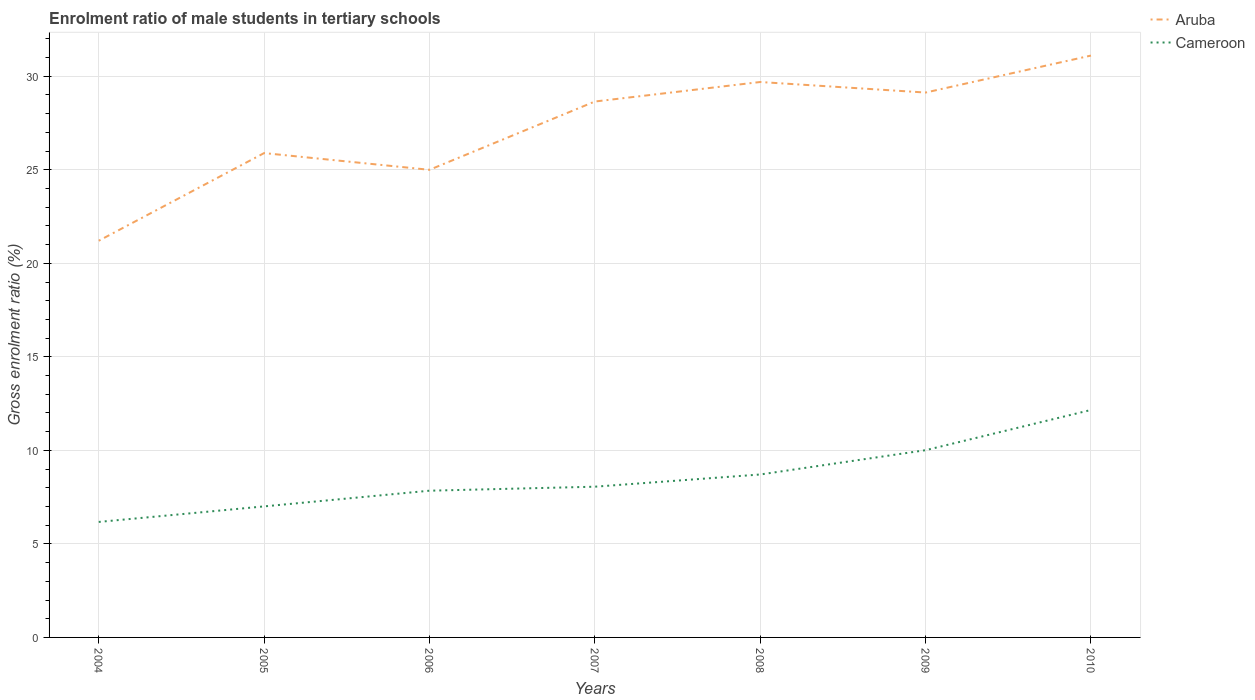
| Years | Aruba | Cameroon |
 | --- | --- | --- |
 | 2004 | 21.2 | 6.17 |
 | 2005 | 25.9 | 7.01 |
 | 2006 | 25 | 7.84 |
 | 2007 | 28.7 | 8.06 |
 | 2008 | 29.7 | 8.71 |
 | 2009 | 29.1 | 10 |
 | 2010 | 31.1 | 12.2 |